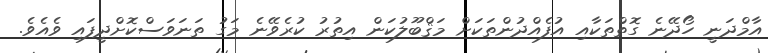
އާމްދަނީ ހޯދޭނެ ގޮތްތަކާއި އުފެއްދުންތަކަށް މަޤްބޫލުކަން އިތުރު ކުރެވޭނެ މަގު ތަނަވަސްކޮށްދީފައި ވެއެވެ.